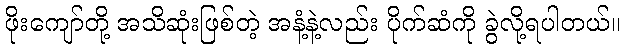
ဖိုးကျော်တို့ အသိဆုံးဖြစ်တဲ့ အနံ့နဲ့လည်း ပိုက်ဆံကို ခွဲလို့ရပါတယ်။